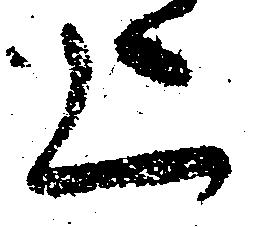
上